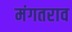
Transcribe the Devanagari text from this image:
मंगतराव